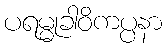
ပရမ္မုခါဝိကပ္ပနာ